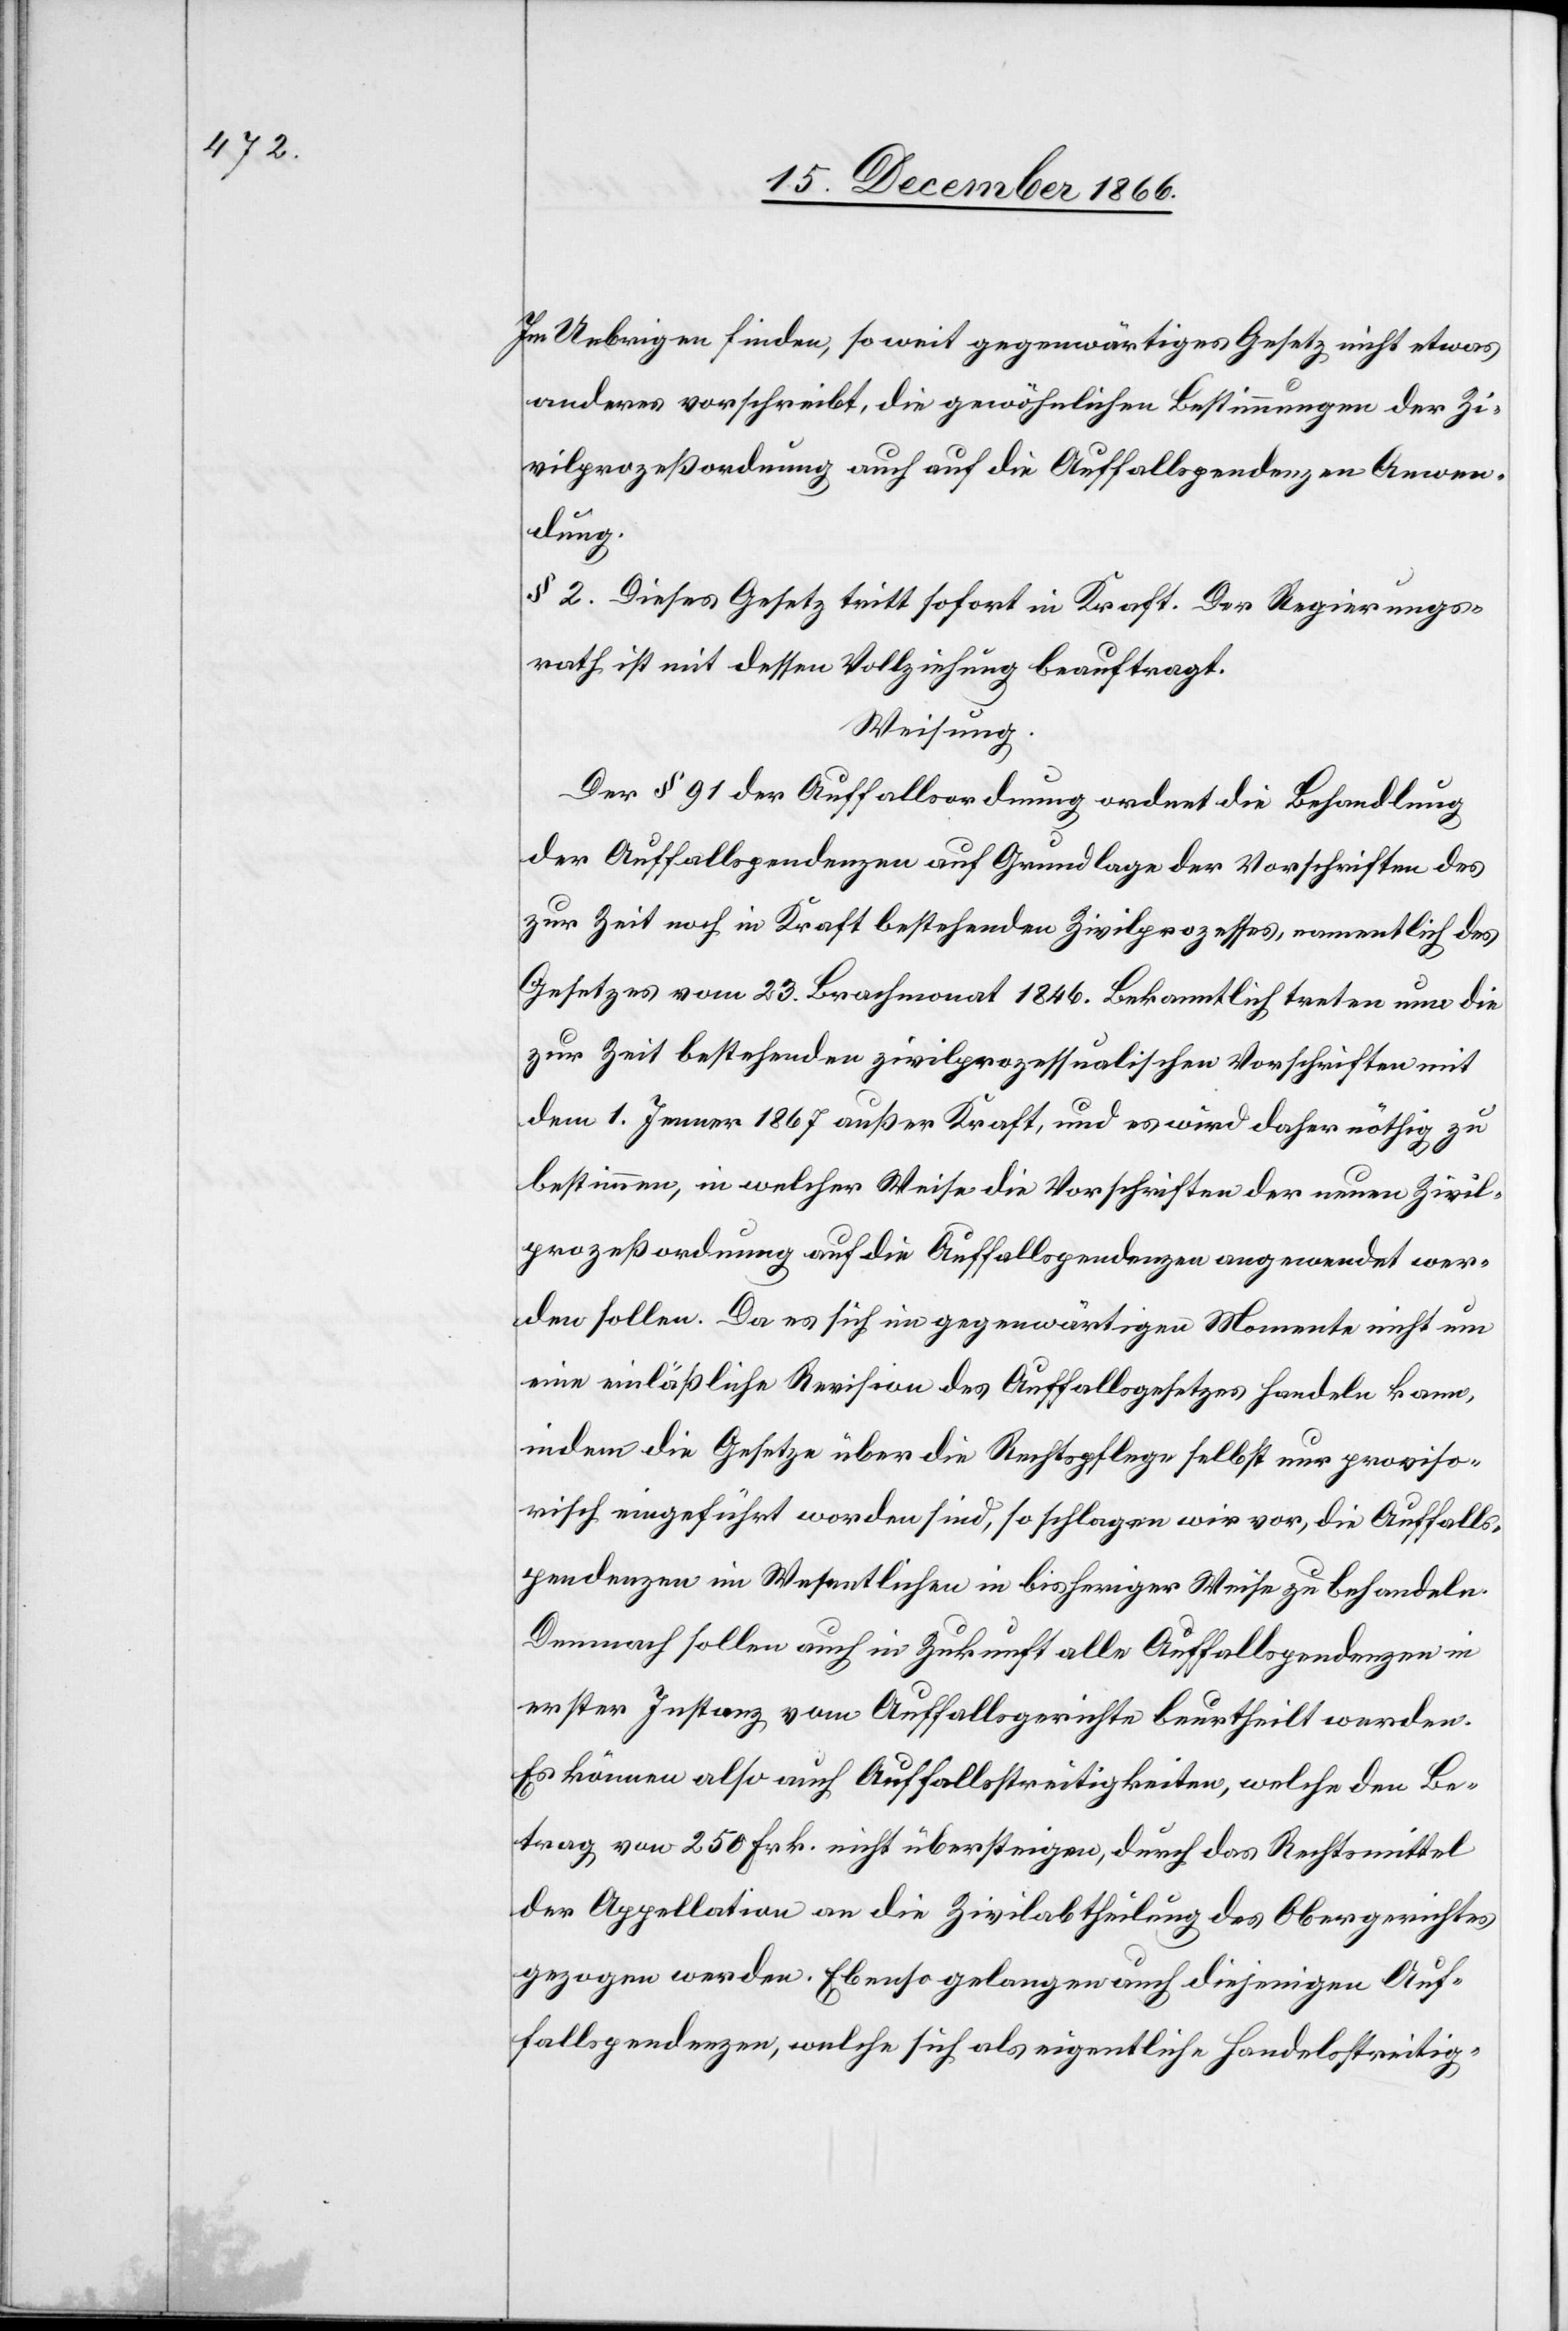
Im Uebrigen finden, so weit gegenwärtiges Gesetz nicht etwas
anderes vorschreibt, die gewöhnlichen Bestimmungen der Zi¬
vilprozeßordnung auch auf die Auffallspendenzen Anwen¬
dung.
§ 2. Dieses Gesetz tritt sofort in Kraft. Der Regierungs¬
rath ist mit dessen Vollziehung beauftragt.
Weisung.
Der § 91 der Auffallsordnung ordnet die Behandlung
der Auffallspendenzen auf Grundlage der Vorschriften des
zur Zeit noch in Kraft bestehenden Zivilprozesses, namentlich des
Gesetzes vom 23. Brachmonat 1846. Bekanntlich treten nun die
zur Zeit bestehenden zivilprozessualischen Vorschriften mit
dem 1. Jenner 1867 außer Kraft, und es wird daher nöthig, zu
bestimmen, in welcher Weise die Vorschriften der neuen Zivil¬
prozeßordnung auf die Auffallspendenzen angewendet wer¬
den sollen. Da es sich im gegenwärtigen Momente nicht um
eine einläßliche Revision des Auffallsgesetzes handeln kann,
indem die Gesetze über die Rechtspflege selbst nur proviso¬
risch eingeführt worden sind, so schlagen wir vor, die Auffalls¬
pendenzen im Wesentlichen in bisheriger Weise zu behandeln.
Demnach sollen auch in Zukunft alle Auffallspendenzen in
erster Instanz vom Auffallsgerichte beurtheilt werden.
Es können also auch Auffallsstreitigkeiten, welche den Be¬
trag von 250 Frk. nicht übersteigen, durch das Rechtsmittel
der Appellation an die Zivilabtheilung des Obergerichtes
gezogen werden. Ebenso gelangen auch diejenigen Auf¬
fallspendenzen, welche sich als eigentliche Handelsstreitig-